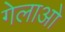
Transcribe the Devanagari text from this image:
गेलाओ